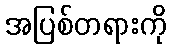
အပြစ်တရားကို